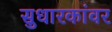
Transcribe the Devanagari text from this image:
सुधारकांवर